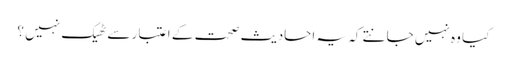
کیا وہ نہیں جانتے کہ یہ احادیث صحت کے اعتبار سے ٹھیک نہیں ؟